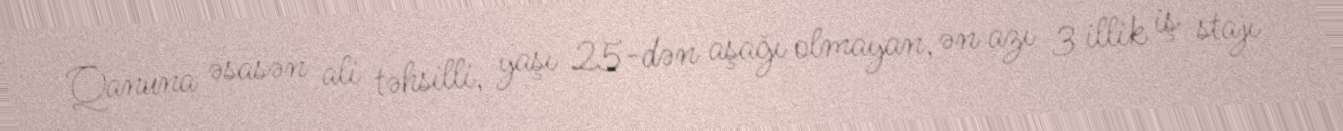
Qanuna əsasən ali təhsilli, yaşı 25-dən aşağı olmayan, ən azı 3 illik iş stajı